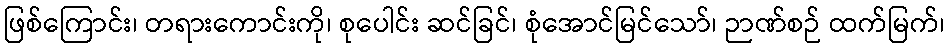
ဖြစ်ကြောင်း၊ တရားကောင်းကို၊ စုပေါင်း ဆင်ခြင်၊ စုံအောင်မြင်သော်၊ ဉာဏ်စဉ် ထက်မြက်၊